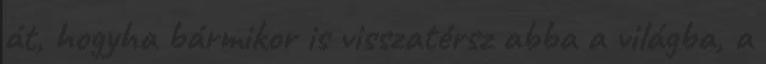
át, hogyha bármikor is visszatérsz abba a világba, a